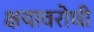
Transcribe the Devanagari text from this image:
क्षयावरोधी